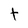
Character: t